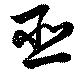
臣